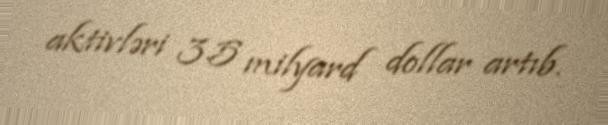
aktivləri 3.5 milyard dollar artıb.